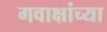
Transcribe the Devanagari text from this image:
गवाक्षांच्या